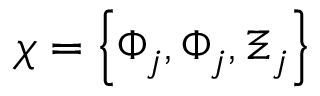
\chi = \left\{ \Phi _ { j } , \Phi _ { j } , \Xi _ { j } \right\}